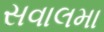
સવાલમા